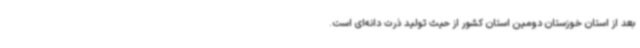
بعد از استان خوزستان دومین استان کشور از حیث تولید ذرت دانه‌ای است.